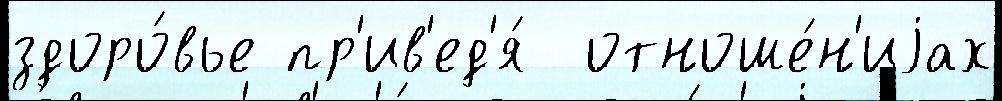
здоро́вье пр'ив'ед'я́  отноше́н'иjах